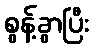
စွန့်ခွာပြီး